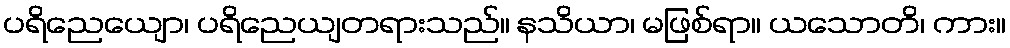
ပရိညေယျော၊ ပရိညေယျတရားသည်။ နသိယာ၊ မဖြစ်ရာ။ ယသောတိ၊ ကား။